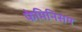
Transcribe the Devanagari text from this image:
फेमिनिसम